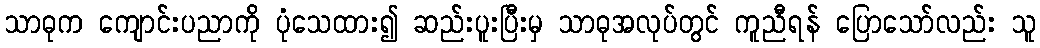
သာဓုက ကျောင်းပညာကို ပုံသေထား၍ ဆည်းပူးပြီးမှ သာဓုအလုပ်တွင် ကူညီရန် ပြောသော်လည်း သူ